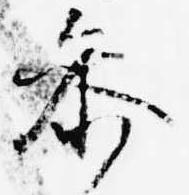
参